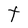
Character: t